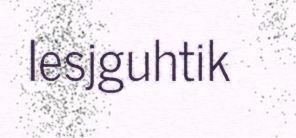
Iesjguhtik